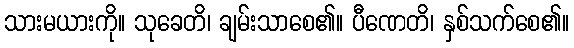
သားမယားကို။ သုခေတိ၊ ချမ်းသာစေ၏။ ပီဏေတိ၊ နှစ်သက်စေ၏။